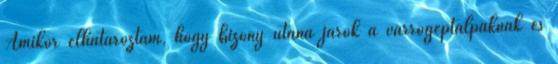
Amikor elhatároztam, hogy bizony utána járok a varrógéptalpaknak és